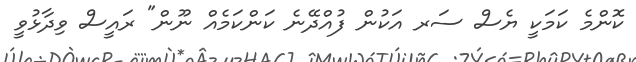
ކޮންމެ ކަމަކީ ޔެސް ސަރ އަކުން ފުއްދޭނެ ކަންކަމެއް ނޫން" ރައީސް ވިދާޅުވީ